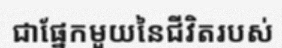
ជាផ្នែកមួយនៃជីវិតរបស់